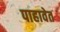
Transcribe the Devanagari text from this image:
पाहावेत